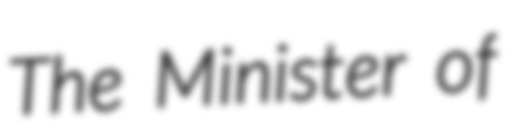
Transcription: The Minister of